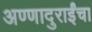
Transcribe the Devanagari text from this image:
अण्णादुराईंचा